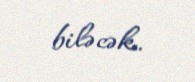
biləcək.